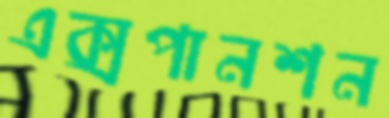
এক্সপানশন